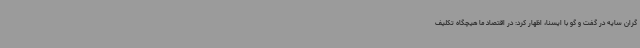
گران سایه در گفت و گو با ایسنا، اظهار کرد: در اقتصاد ما هیچگاه تکلیف